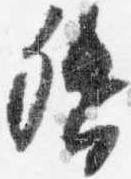
督